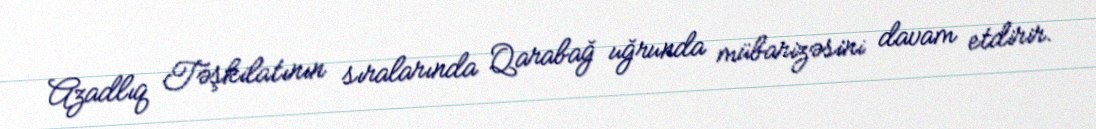
Azadlıq Təşkilatının sıralarında Qarabağ uğrunda mübarizəsini davam etdirir.